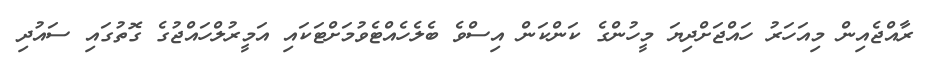
ރާއްޖެއިން މިއަހަރު ހައްޖަށްދިޔަ މީހުންގެ ކަންކަން އިސްވެ ބެލެހެއްޓެވުމަށްޓަކައި އަމީރުލްހައްޖުގެ ގޮތުގައި ސައުދި